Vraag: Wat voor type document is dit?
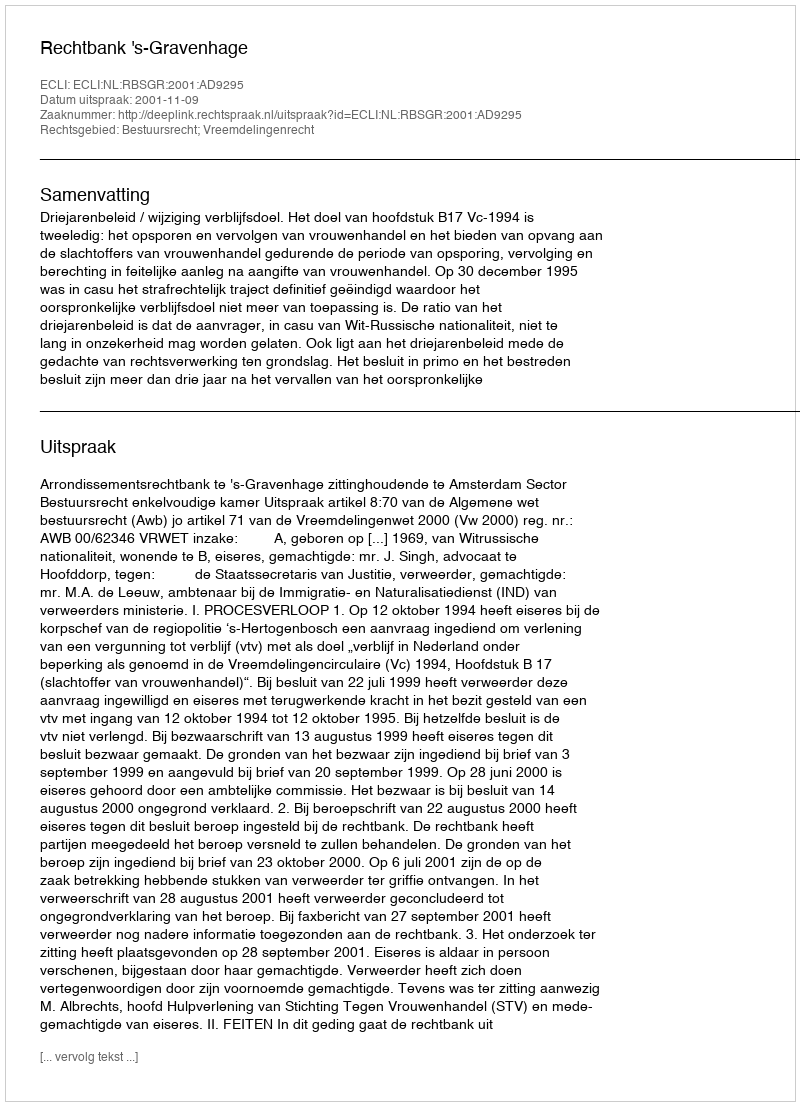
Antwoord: Uitspraak